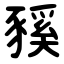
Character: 豯